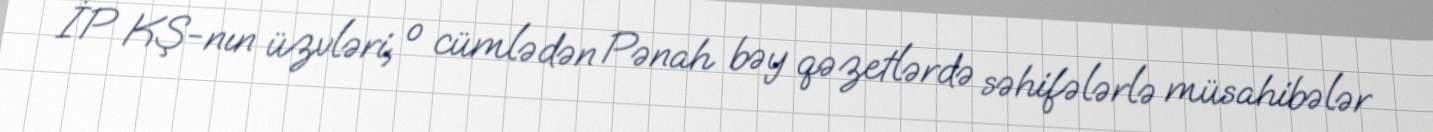
İP KŞ-nın üzvləri, o cümlədən Pənah bəy qəzetlərdə səhifələrlə müsahibələr